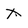
Character: X